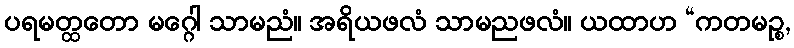
ပရမတ္ထတော မဂ္ဂေါ သာမညံ။ အရိယဖလံ သာမညဖလံ။ ယထာဟ “ကတမဉ္စ,